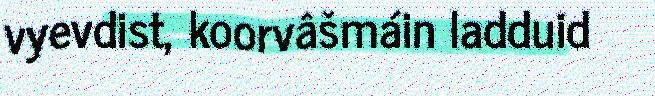
vyevdist, koorvâšmáin ladduid